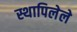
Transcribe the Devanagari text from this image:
स्थापिलेले